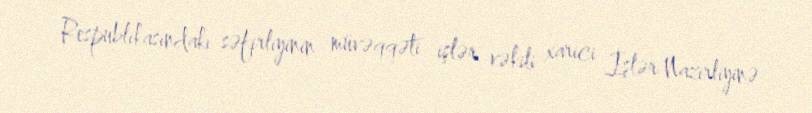
Respublikasındakı səfirliyinin müvəqqəti işlər vəkili xarici İşlər Nazirliyinə